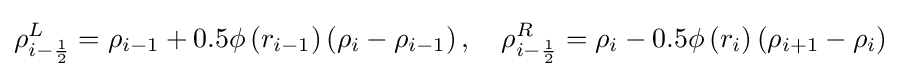
\rho _{i-{\frac {1}{2}}}^{L}=\rho _{i-1}+0.5\phi \left(r_{i-1}\right)\left(\rho _{i}-\rho _{i-1}\right),\quad \rho _{i-{\frac {1}{2}}}^{R}=\rho _{i}-0.5\phi \left(r_{i}\right)\left(\rho _{i+1}-\rho _{i}\right)